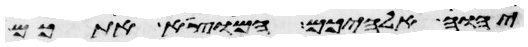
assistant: יהוה אלהיכם המוצא אתכם